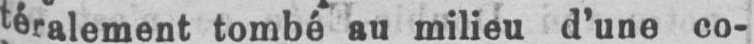
téralement tombé au milieu d’une co-